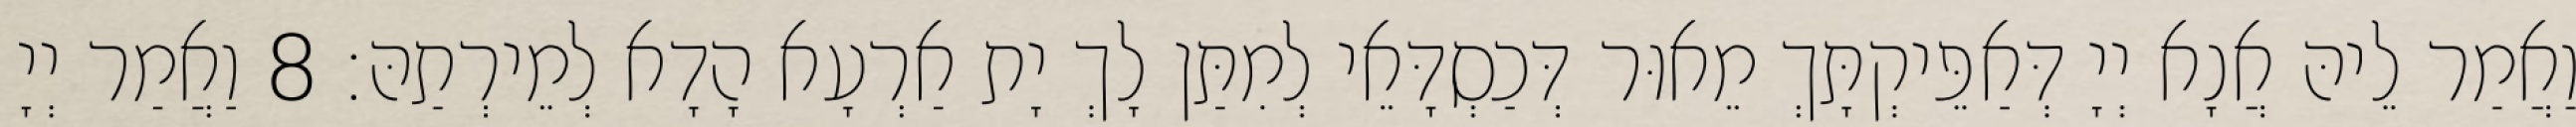
וַאֲמַר לֵיהּ אֲנָא יְיָ דְּאַפֵּיקְתָּךְ מֵאוּר דְּכַסְדָּאֵי לְמִתַּן לָךְ יָת אַרְעָא הָדָא לְמֵירְתַהּ׃ 8 וַאֲמַר יְיָ